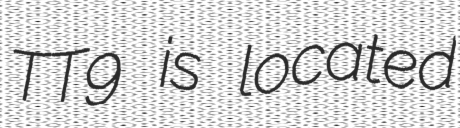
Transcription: TT9 is located